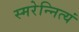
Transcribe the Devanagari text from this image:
स्मरेन्नित्यं